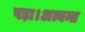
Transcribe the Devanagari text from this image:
पड़ा।अत्यन्त